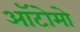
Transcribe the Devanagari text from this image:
ऑटोमो